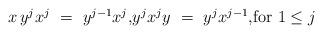
LaTeX: \begin{align*}\begin{minipage}[c]{35pc}$x\,y^j x^j\ =\ y^{j-1} x^j,$$y^j x^j y\ =\ y^j x^{j-1},$for $1\leq j$\end{minipage}\end{align*}